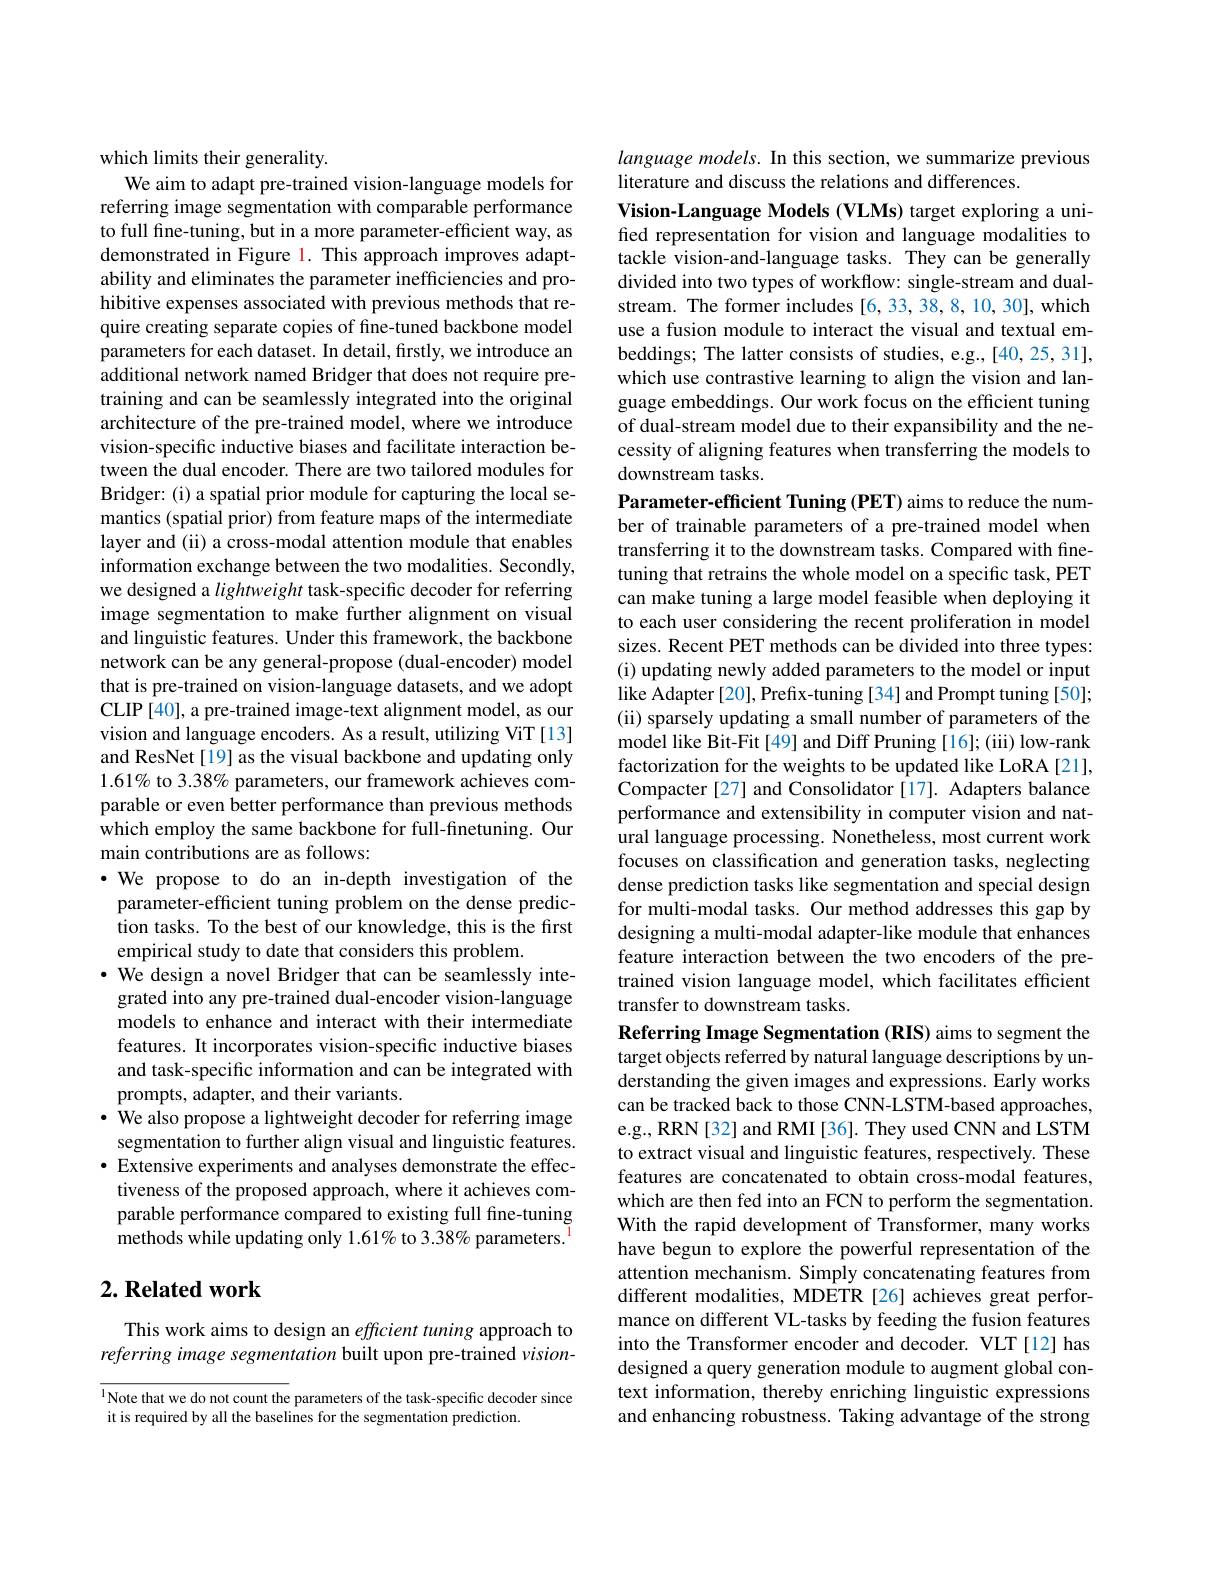
which limits their generality.
We aim to adapt pre-trained vision-language models for referring image segmentation with comparable performance to full fine-tuning, but in a more parameter-efficient way, as demonstrated in Figure 1. This approach improves adaptability and eliminates the parameter inefficiencies and prohibitive expenses associated with previous methods that require creating separate copies of fine-tuned backbone model parameters for each dataset. In detail, firstly, we introduce an additional network named Bridger that does not require pretraining and can be seamlessly integrated into the original architecture of the pre-trained model, where we introduce vision-specific inductive biases and facilitate interaction between the dual encoder. There are two tailored modules for Bridger: (i) a spatial prior module for capturing the local semantics (spatial prior) from feature maps of the intermediate layer and (ii) a cross-modal attention module that enables information exchange between the two modalities. Secondly, we designed a lightweight task-specific decoder for referring image segmentation to make further alignment on visual and linguistic features. Under this framework, the backbone network can be any general-propose (dual-encoder) model that is pre-trained on vision-language datasets, and we adopt CLIP [40], a pre-trained image-text alignment model, as our vision and language encoders. As a result, utilizing ViT[13] and ResNet [19] as the visual backbone and updating only $1.61\%$ to 3.38% parameters, our framework achieves comparable or even better performance than previous methods which employ the same backbone for full-finetuning. Our main contributions are as follows:
$\cdot$ We propose to do an in-depth investigation of the
parameter-efficient tuning problem on the dense prediction tasks. To the best of our knowledge, this is the first empirical study to date that considers this problem.
$\cdot$ We design a novel Bridger that can be seamlessly inte-
grated into any pre-trained dual-encoder vision-language models to enhance and interact with their intermediate features. It incorporates vision-specific inductive biases and task-specific information and can be integrated with prompts, adapter, and their variants.
$\cdot$ We also propose a lightweight decoder for referring image segmentation to further align visual and linguistic features. $\bullet$ Extensive experiments and analyses demonstrate the effec-
tiveness of the proposed approach, where it achieves comparable performance compared to existing full fine-tuning methods while updating only 1.61% to 3.38% parameters.

# $2. \textbf{Related work}$

This work aims to design an effcient tuning approach to referring image segmentation built upon pre-trained $vision-$

$^{1}$Note that we do not count the parameters of the task-specific decoder since
it is required by all the baselines for the segmentation prediction.

language models. In this section, we summarize previous
literature and discuss the relations and differences.
Vision-Language Models (VLMs) target exploring a unified representation for vision and language modalities to tackle vision-and-language tasks. They can be generally divided into two types of workflow: single-stream and dualstream. The former includes [6,33,38,8,10,30], which use a fusion module to interact the visual and textual embeddings; The latter consists of studies, e.g.,[40,25,31], which use contrastive learning to align the vision and language embeddings. Our work focus on the efficient tuning of dual-stream model due to their expansibility and the necessity of aligning features when transferring the models to downstream tasks.
Parameter-efficient Tuning (PET) aims to reduce the num-

ber of trainable parameters of a pre-trained model when transferring it to the downstream tasks. Compared with finetuning that retrains the whole model on a specific task, PET can make tuning a large model feasible when deploying it to each user considering the recent proliferation in model sizes. Recent PET methods can be divided into three types: (i) updating newly added parameters to the model or input like Adapter [20], Prefix-tuning [34] and Prompt tuning [50]; (ii) sparsely updating a small number of parameters of the model like Bit-Fit[49] and Diff Pruning [16]; (iii) low-rank factorization for the weights to be updated like LoRA [21], Compacter [27] and Consolidator [17]. Adapters balance performance and extensibility in computer vision and natural language processing. Nonetheless, most current work focuses on classification and generation tasks, neglecting dense prediction tasks like segmentation and special design for multi-modal tasks. Our method addresses this gap by designing a multi-modal adapter-like module that enhances feature interaction between the two encoders of the pretrained vision language model, which facilitates efficient transfer to downstream tasks.
Referring Image Segmentation (RIS) aims to segment the target objects referred by natural language descriptions by understanding the given images and expressions. Early works can be tracked back to those CNN-LSTM-based approaches, e.g., RRN[32] and RMI [36]. They used CNN and LSTM to extract visual and linguistic features, respectively. These features are concatenated to obtain cross-modal features, which are then fed into an FCN to perform the segmentation. With the rapid development of Transformer, many works

have begun to explore the powerful representation of the attention mechanism. Simply concatenating features from different modalities, MDETR[26] achieves great performance on different VL-tasks by feeding the fusion features into the Transformer encoder and decoder. VLT [12] has designed a query generation module to augment global context information, thereby enriching linguistic expressions and enhancing robustness. Taking advantage of the strong